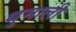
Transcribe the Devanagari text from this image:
धुमाली